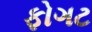
ફોગટ